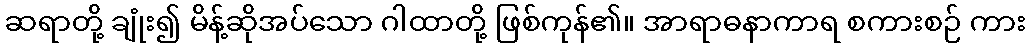
ဆရာတို့ ချုံး၍ မိန့်ဆိုအပ်သော ဂါထာတို့ ဖြစ်ကုန်၏။ အာရာဓနာကာရ စကားစဉ် ကား